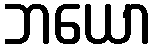
ဘယော